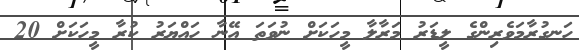
ހަނގުރާމަވެރިންގެ ލީޑަރު މަރާލާ މީހަކަށް ނުވަތަ އޭނާ ހައްޔަރު ކުރާ މީހަކަށް 20